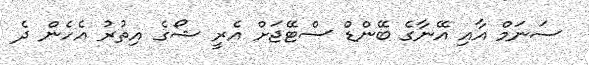
ސަނަމް އާއި އޭނާގެ ބޭންޑް ސްޓޭޖަށް އެރީ ޝޯގެ އިތުރު އެހެން ދެ